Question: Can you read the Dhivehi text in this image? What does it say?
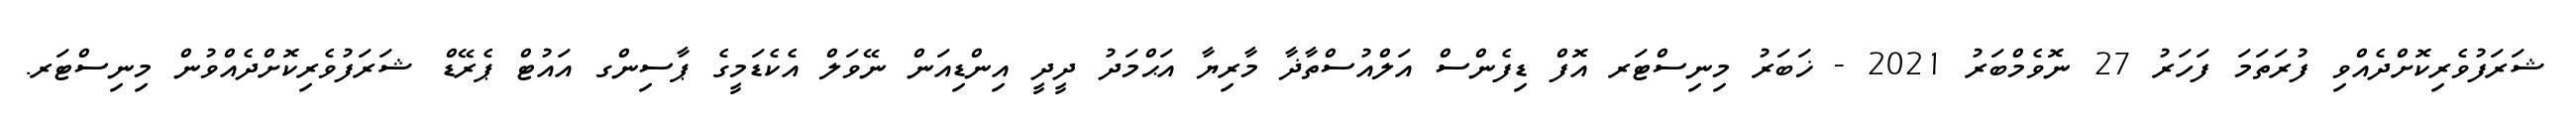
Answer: ޝަރަފުވެރިކޮށްދެއްވި ފުރަތަމަ ފަހަރު 27 ނޮވެމްބަރު 2021 - ޚަބަރު މިނިސްޓަރ އޮފް ޑިފެންސް އަލްއުސްތާޛާ މާރިޔާ އަޙްމަދު ދީދީ އިންޑިއަން ނޭވަލް އެކެޑަމީގެ ޕާސިންގ އައުޓް ޕެރޭޑް ޝަރަފުވެރިކޮށްދެއްވުން މިނިސްޓަރ.